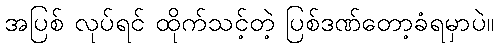
အပြစ် လုပ်ရင် ထိုက်သင့်တဲ့ ပြစ်ဒဏ်တော့ခံရမှာပဲ။